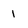
Character: 1